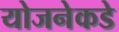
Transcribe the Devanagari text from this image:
योजनेकडे